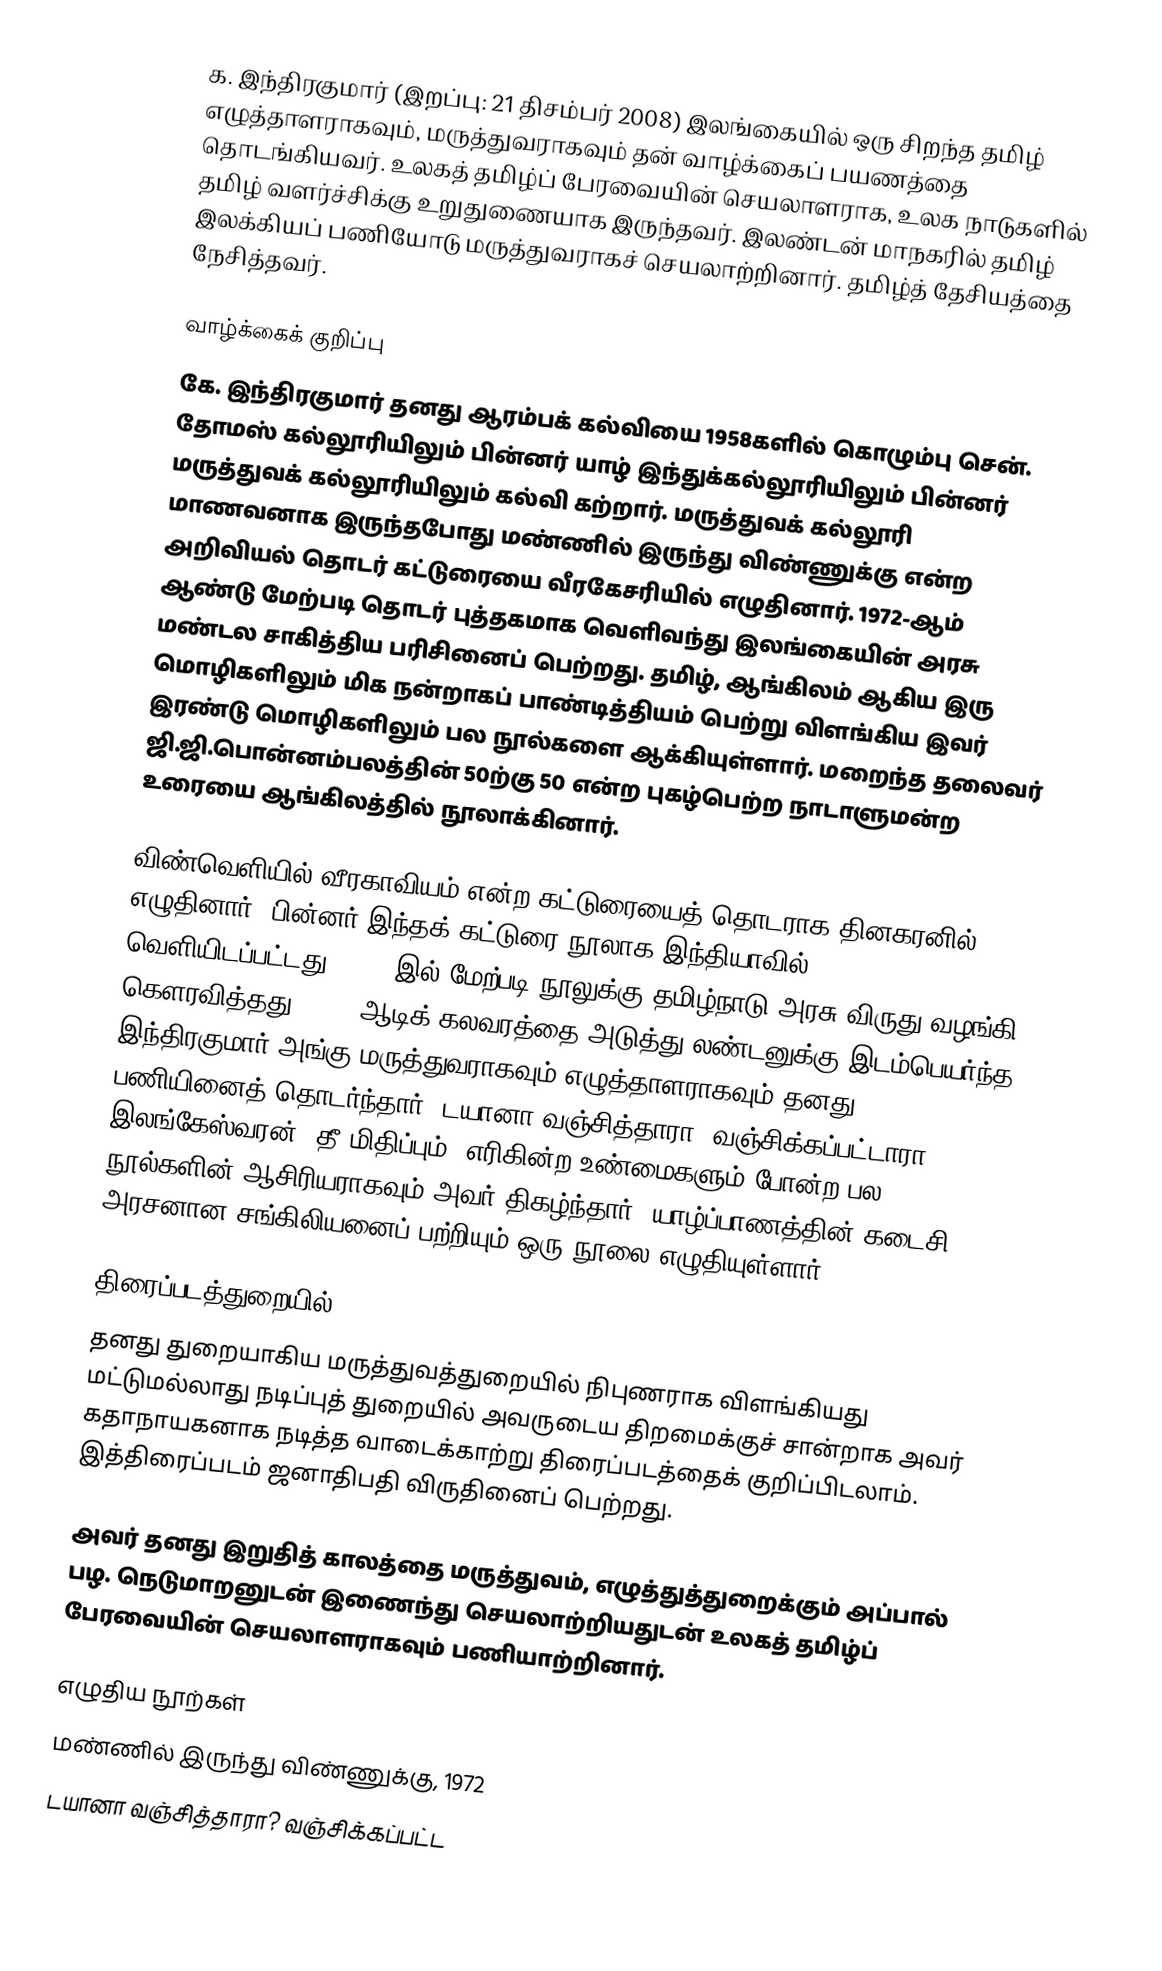
க. இந்திரகுமார் (இறப்பு: 21 திசம்பர் 2008) இலங்கையில் ஒரு சிறந்த தமிழ் எழுத்தாளராகவும், மருத்துவராகவும் தன் வாழ்க்கைப் பயணத்தை தொடங்கியவர். உலகத் தமிழ்ப் பேரவையின் செயலாளராக, உலக நாடுகளில் தமிழ் வளர்ச்சிக்கு உறுதுணையாக இருந்தவர். இலண்டன் மாநகரில் தமிழ் இலக்கியப் பணியோடு மருத்துவராகச் செயலாற்றினார். தமிழ்த் தேசியத்தை நேசித்தவர்.

வாழ்க்கைக் குறிப்பு
கே. இந்திரகுமார் தனது ஆரம்பக் கல்வியை 1958களில் கொழும்பு சென். தோமஸ் கல்லூரியிலும் பின்னர் யாழ் இந்துக்கல்லூரியிலும் பின்னர் மருத்துவக் கல்லூரியிலும் கல்வி கற்றார். மருத்துவக் கல்லூரி மாணவனாக இருந்தபோது மண்ணில் இருந்து விண்ணுக்கு என்ற அறிவியல் தொடர் கட்டுரையை வீரகேசரியில் எழுதினார். 1972-ஆம் ஆண்டு மேற்படி தொடர் புத்தகமாக வெளிவந்து இலங்கையின் அரசு மண்டல சாகித்திய பரிசினைப் பெற்றது. தமிழ், ஆங்கிலம் ஆகிய இரு மொழிகளிலும் மிக நன்றாகப் பாண்டித்தியம் பெற்று விளங்கிய இவர் இரண்டு மொழிகளிலும் பல நூல்களை ஆக்கியுள்ளார். மறைந்த தலைவர் ஜி.ஜி.பொன்னம்பலத்தின் 50ற்கு 50 என்ற புகழ்பெற்ற நாடாளுமன்ற உரையை ஆங்கிலத்தில் நூலாக்கினார்.

விண்வெளியில் வீரகாவியம் என்ற கட்டுரையைத் தொடராக தினகரனில் எழுதினார். பின்னர் இந்தக் கட்டுரை நூலாக இந்தியாவில் வெளியிடப்பட்டது. 1997-இல் மேற்படி நூலுக்கு தமிழ்நாடு அரசு விருது வழங்கி கௌரவித்தது. 1983 ஆடிக் கலவரத்தை அடுத்து லண்டனுக்கு இடம்பெயர்ந்த இந்திரகுமார் அங்கு மருத்துவராகவும் எழுத்தாளராகவும் தனது பணியினைத் தொடர்ந்தார். டயானா வஞ்சித்தாரா? வஞ்சிக்கப்பட்டாரா?, இலங்கேஸ்வரன், தீ மிதிப்பும், எரிகின்ற உண்மைகளும் போன்ற பல நூல்களின் ஆசிரியராகவும் அவர் திகழ்ந்தார். யாழ்ப்பாணத்தின் கடைசி அரசனான சங்கிலியனைப் பற்றியும் ஒரு நூலை எழுதியுள்ளார்.

திரைப்படத்துறையில்
தனது துறையாகிய மருத்துவத்துறையில் நிபுணராக விளங்கியது மட்டுமல்லாது நடிப்புத் துறையில் அவருடைய திறமைக்குச் சான்றாக அவர் கதாநாயகனாக நடித்த வாடைக்காற்று திரைப்படத்தைக் குறிப்பிடலாம். இத்திரைப்படம் ஜனாதிபதி விருதினைப் பெற்றது.

அவர் தனது இறுதித் காலத்தை மருத்துவம், எழுத்துத்துறைக்கும் அப்பால் பழ. நெடுமாறனுடன் இணைந்து செயலாற்றியதுடன் உலகத் தமிழ்ப் பேரவையின் செயலாளராகவும் பணியாற்றினார்.

எழுதிய நூற்கள்
 மண்ணில் இருந்து விண்ணுக்கு, 1972
 டயானா வஞ்சித்தாரா? வஞ்சிக்கப்பட்ட